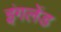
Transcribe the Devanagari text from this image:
इंगलेंड